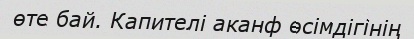
өте бай. Капителі аканф өсімдігінің